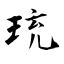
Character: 珫